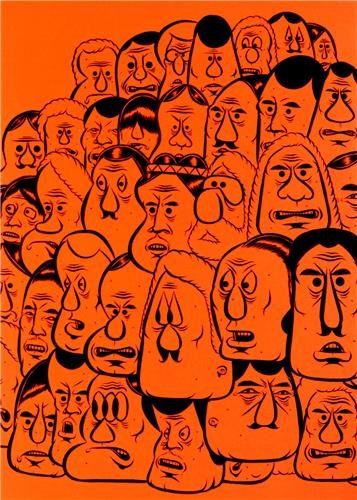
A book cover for Barry McGee; Alex Baker; Arts & Photography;